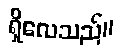
ရှိလေသည်။